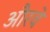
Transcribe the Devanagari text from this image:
औरवे